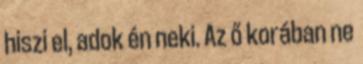
hiszi el, adok én neki. Az ő korában ne